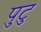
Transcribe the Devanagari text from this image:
पुटु